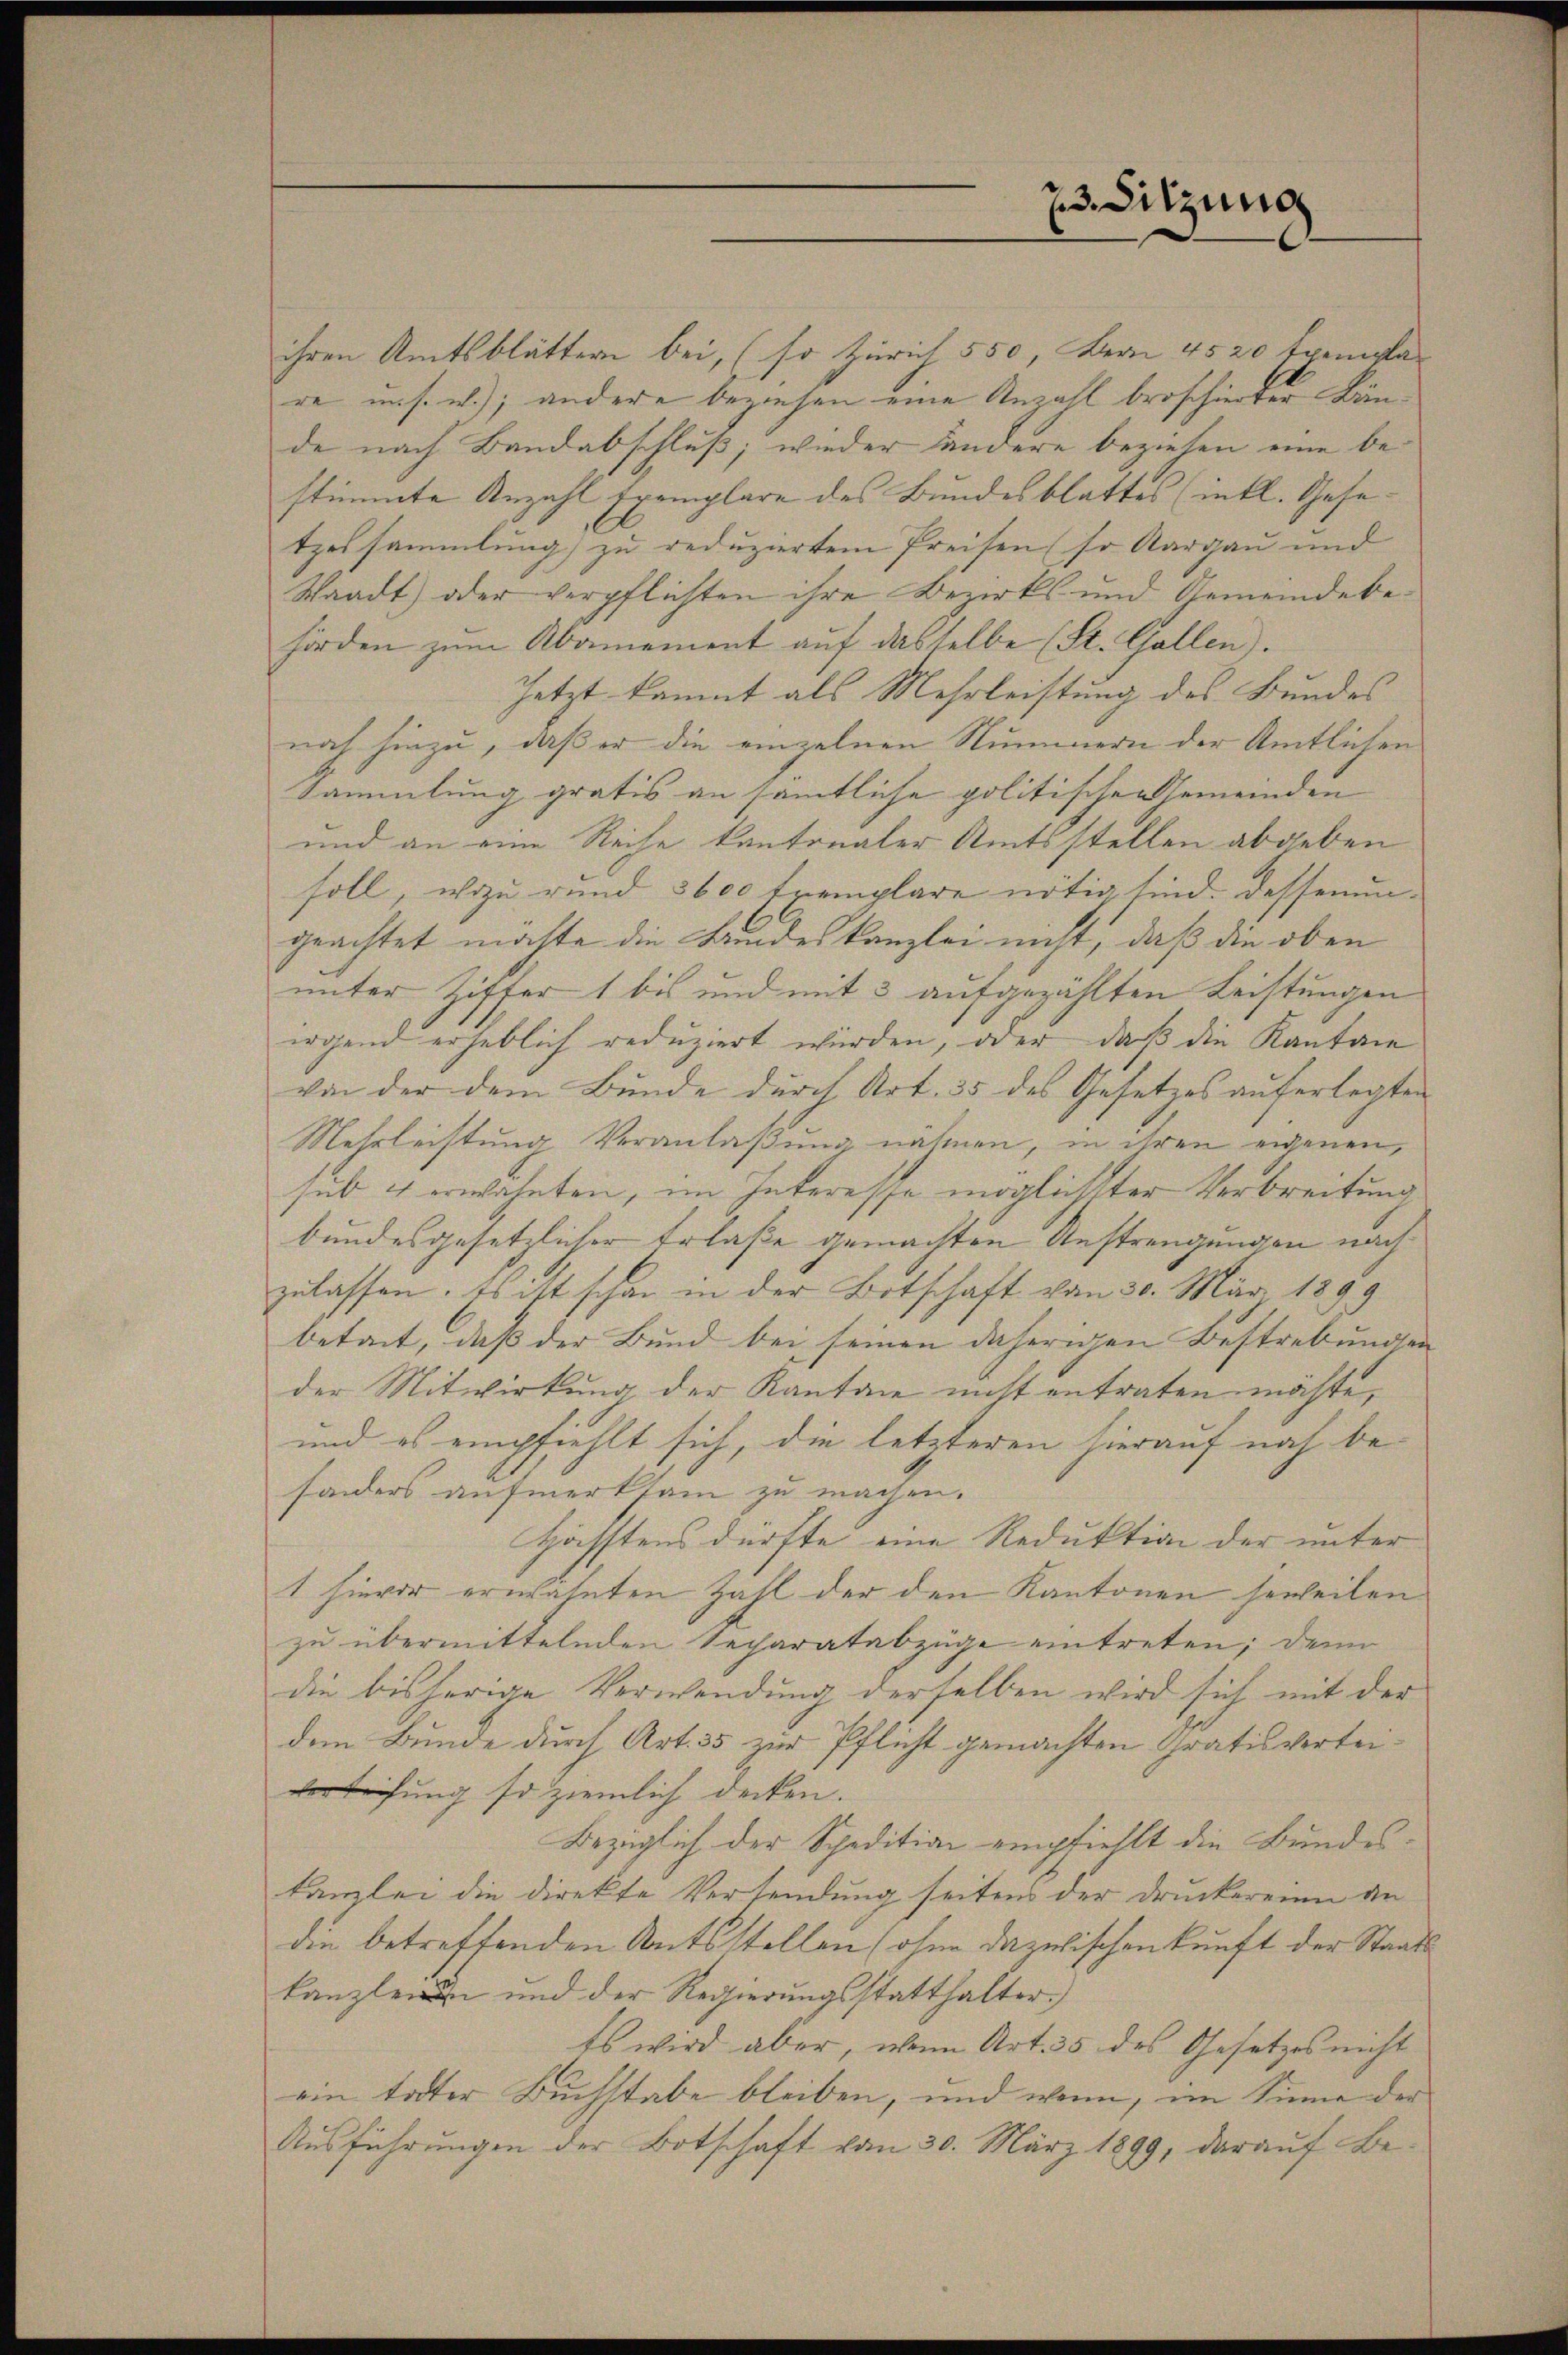
ihren Amtsblättern bei, (so Zürich 550, Bern 4520 Exempla-
re uns. w.); andere beziehen eine Anzahl broschierter Bände nach Bandabschluß; wieder andere beziehen eine bestimmte Anzahl Exemplare des Bundesblattes (inkl. Gesetzessammlung zu reduziertem Preisen (so Aargau und
Waadt) oder verpflichten ihre Bezirks- und Gemeindebehörden zum Abamement auf dasselbe (St. Gallen).
Jetzt kommt als Mehrleistung des Bundes
nach hinzu, daß er die einzelnen Nummern der Amtlichen
Sammlung gratis an sämtliche politischen Gemeinden
und an eine Reise kantonaler Amtsstellen abgeben
soll, wozu rund 3600 Exemplare nötig sind. Dessenungeachtet machte die Bandeskanzlei nicht, daß die oben
unter Ziffer 1 bis und mit 3 aufgezählten Leistungen
irgend erheblich reduziert würden, oder daß die Kanton
von der dem Bunde durch Art. 35 des Gesetzes auferlegten
Mehrleistung Veranlaßung nähmen, in ihren eigenen,
sub 4 erwähnten, im Interesse möglichster Verbreitung
bundesgesetzlicher Erlaße gemachten Anstrengungen nach
zulassen. Es ist schon in der Botschaft vom 30. März 1899
betait, daß der Bund bei seinen daherigen Bestrebunden
der Mitwirkung der Kanton nicht entraten möchte,
und es empfiehlt sich, die letzteren hierauf noch be-
sonders aufmerksam zu machen.
Häfftens dürfte eine Reduktion der unter
1 hievor erwähnten Zahl der den Kantonen jeweilen
zu übermittelnden Secharatabzüge eintreten; denn
die bisherige Verwendung derselben wird sich mit der
dem Bunde durch Art. 35 zur Pflicht gemachten Gratis verteiverleihung so ziemlich decken.
Bezüglich der Spedition empfiehlt die Bundeskanzlei die direkte Versendung seitens der Druckereien an
die betreffenden Ratsstellen (ohne dazwischenkunft der Staatskanzlei und der Regierungsstatthalter.)
Es wird aber, wenn Art. 35 des Gesetzes nicht
ein todter Buchstabe bleiben, und wenn, im Sinne der
Ausführungen der Botschaft vom 30. März 1899, darauf Be-

23. Sitzung